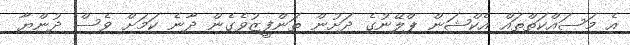
އެ މަސައްކަތްތައް އެކްޝަން ޕްލޭނުގެ ދަށުން ތަންފީޒުވެގެން ދާނެ ކަމަށް ވެސް ދުންޔާ